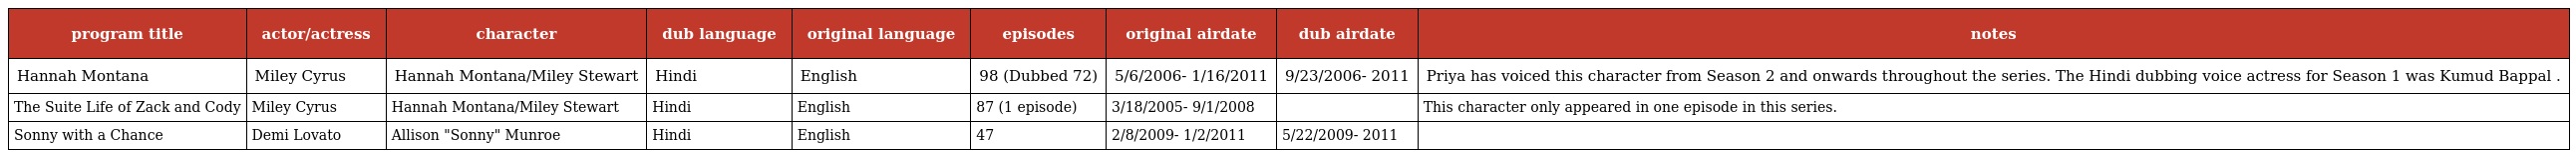
| program title | actor/actress | character | dub language | original language | episodes | original airdate | dub airdate | notes |
 | --- | --- | --- | --- | --- | --- | --- | --- | --- |
 | Hannah Montana | Miley Cyrus | Hannah Montana/Miley Stewart | Hindi | English | 98 (Dubbed 72) | 5/6/2006- 1/16/2011 | 9/23/2006- 2011 | Priya has voiced this character from Season 2 and onwards throughout the series. The Hindi dubbing voice actress for Season 1 was Kumud Bappal . |
 | The Suite Life of Zack and Cody | Miley Cyrus | Hannah Montana/Miley Stewart | Hindi | English | 87 (1 episode) | 3/18/2005- 9/1/2008 |  | This character only appeared in one episode in this series. |
 | Sonny with a Chance | Demi Lovato | Allison "Sonny" Munroe | Hindi | English | 47 | 2/8/2009- 1/2/2011 | 5/22/2009- 2011 |  |